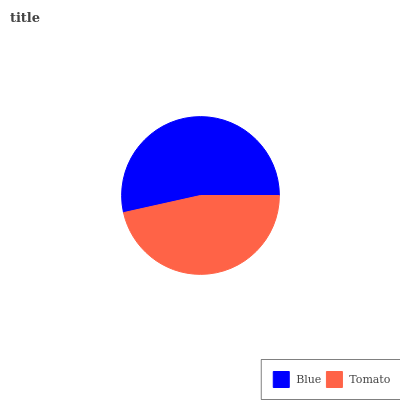
| Blue | Tomato |
 | --- | --- |
 | 53.5% | 46.5% |